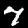
Digit: 7